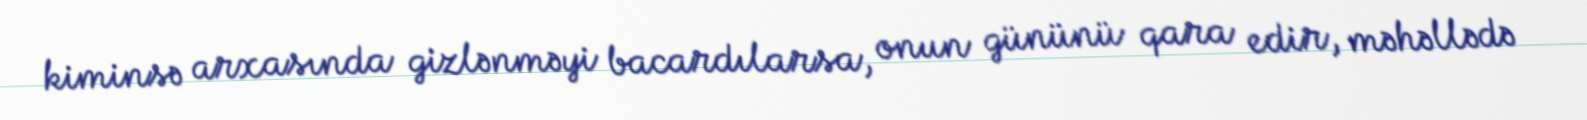
kiminsə arxasında gizlənməyi bacardılarsa, onun gününü qara edir, məhəllədə